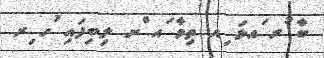
ބާ ުރ ައޅަ ިއ ތިމާ ައ ްށ ލިބިފައި ުހ ިރ